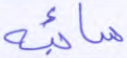
سائبة